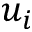
u _ { i }